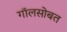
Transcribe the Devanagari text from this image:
गॉलसोबत